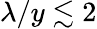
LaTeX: \lambda/y\lesssim 2